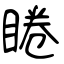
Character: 睠